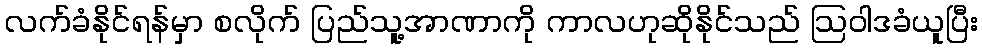
လက်ခံနိုင်ရန်မှာ စလိုက် ပြည်သူ့အာဏာကို ကာလဟုဆိုနိုင်သည် ဩဝါဒခံယူပြီး